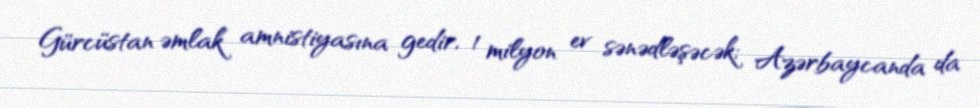
Gürcüstan əmlak amnistiyasına gedir, 1 milyon ev sənədləşəcək; Azərbaycanda da